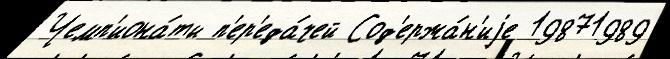
Чемп'иона́ты п'ер'еда́чей Сод'ержа́н'иjе 19871989